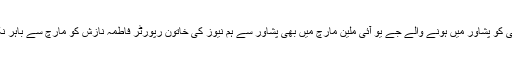
پچیس جولائی کو پشاور میں ہونے والے جے یو آئی ملین مارچ میں بھی پشاور سے ہم نیوز کی خاتون رپورٹر فاطمہ نازش کو مارچ سے باہر نکالا گیا تھا ۔